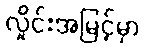
လှိုင်းအမြင့်မှာ